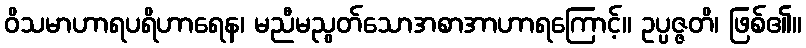
ဝိသမာဟာရပရိဟာရေန၊ မညီမညွတ်သောအစာအာဟာရကြောင့်။ ဥပ္ပဇ္ဇတိ၊ ဖြစ်၏။